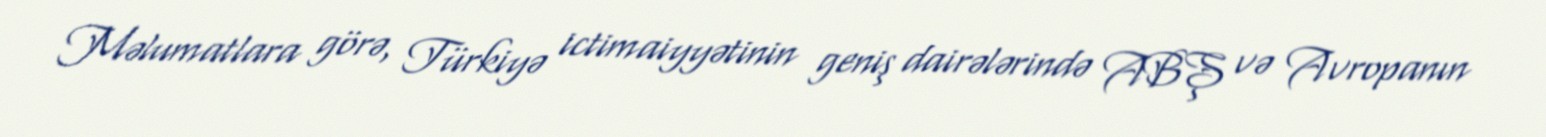
Məlumatlara görə, Türkiyə ictimaiyyətinin geniş dairələrində ABŞ və Avropanın